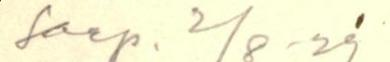
Saap. 2/8 -29